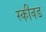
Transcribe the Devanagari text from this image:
स्कीवड